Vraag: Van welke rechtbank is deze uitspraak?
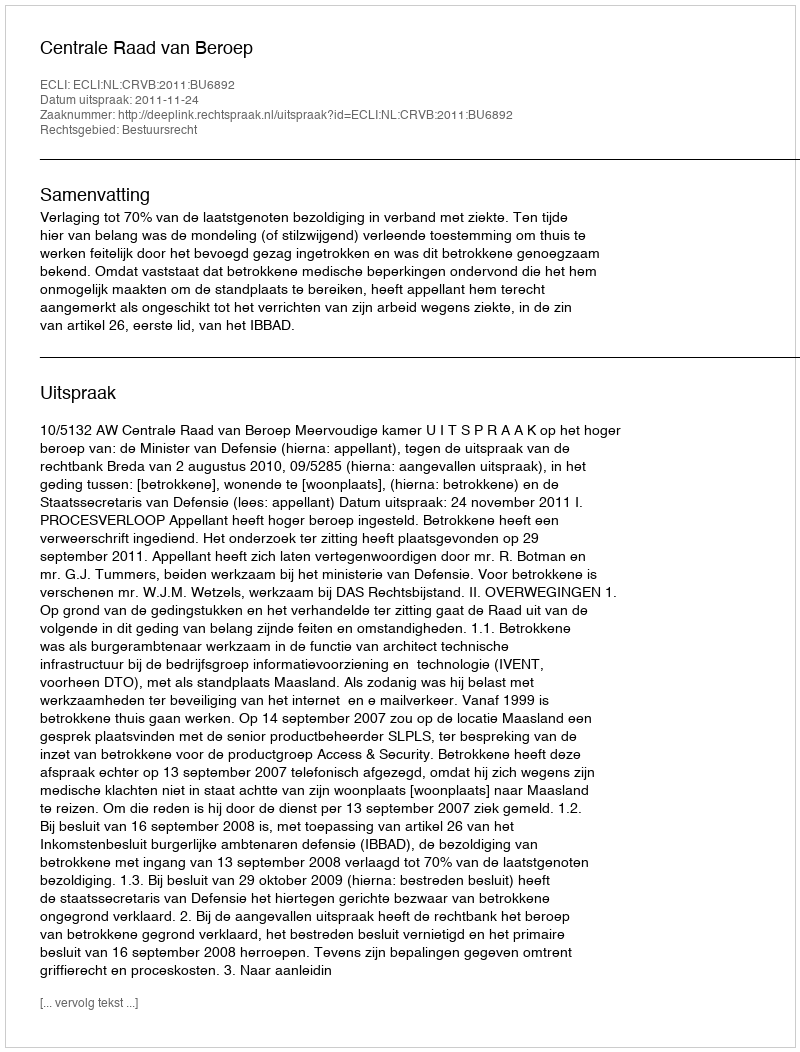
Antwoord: Centrale Raad van Beroep